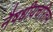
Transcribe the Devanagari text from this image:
नैषधीयचरितम